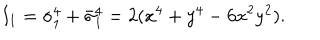
I _ { 1 } = \sigma _ { 1 } ^ { 4 } + \bar { \sigma } _ { 1 } ^ { 4 } = 2 ( x ^ { 4 } + y ^ { 4 } - 6 x ^ { 2 } y ^ { 2 } ) .